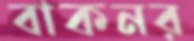
বাকনর